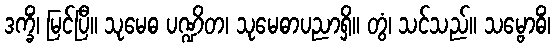
ဒက္ခိံ၊ မြင်ပြီ။ သုမေဓ ပဏ္ဍိတ၊ သုမေဓာပညာရှိ။ တွံ၊ သင်သည်။ သမ္ဗောဓိံ၊